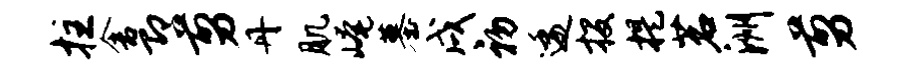
拄舍即剪丹肌崦墓戌初逶投提茗洲剪